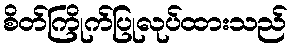
စိတ်ကြိုက်ပြုလုပ်ထားသည်